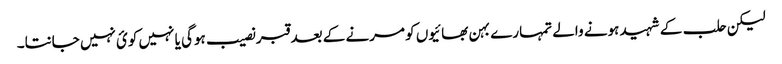
لیکن حلب کے شہید ہونے والے تمہارے بہن بھائیوں کو مرنے کے بعد قبر نصیب ہوگی یا نہیں کوئ نہیں جانتا۔